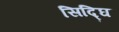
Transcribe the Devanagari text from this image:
सिद्घि